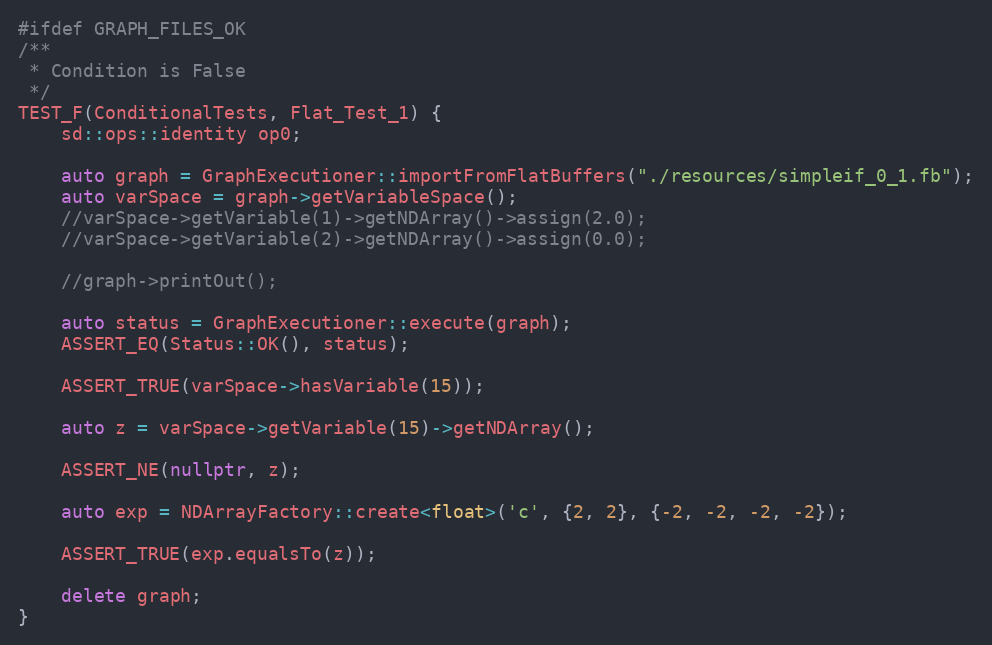
Language: C++
#ifdef GRAPH_FILES_OK
/**
 * Condition is False
 */
TEST_F(ConditionalTests, Flat_Test_1) {
    sd::ops::identity op0;

    auto graph = GraphExecutioner::importFromFlatBuffers("./resources/simpleif_0_1.fb");
    auto varSpace = graph->getVariableSpace();
    //varSpace->getVariable(1)->getNDArray()->assign(2.0);
    //varSpace->getVariable(2)->getNDArray()->assign(0.0);

    //graph->printOut();

    auto status = GraphExecutioner::execute(graph);
    ASSERT_EQ(Status::OK(), status);

    ASSERT_TRUE(varSpace->hasVariable(15));

    auto z = varSpace->getVariable(15)->getNDArray();

    ASSERT_NE(nullptr, z);

    auto exp = NDArrayFactory::create<float>('c', {2, 2}, {-2, -2, -2, -2});

    ASSERT_TRUE(exp.equalsTo(z));

    delete graph;
}